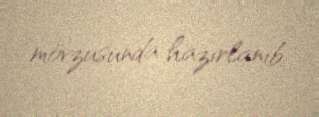
mövzusunda hazırlanıb.